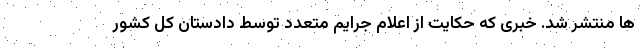
ها منتشر شد. خبری که حکایت از اعلام جرایم متعدد توسط دادستان کل کشور